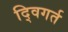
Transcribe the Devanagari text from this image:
द्विगर्त